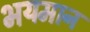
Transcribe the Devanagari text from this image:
भयमान